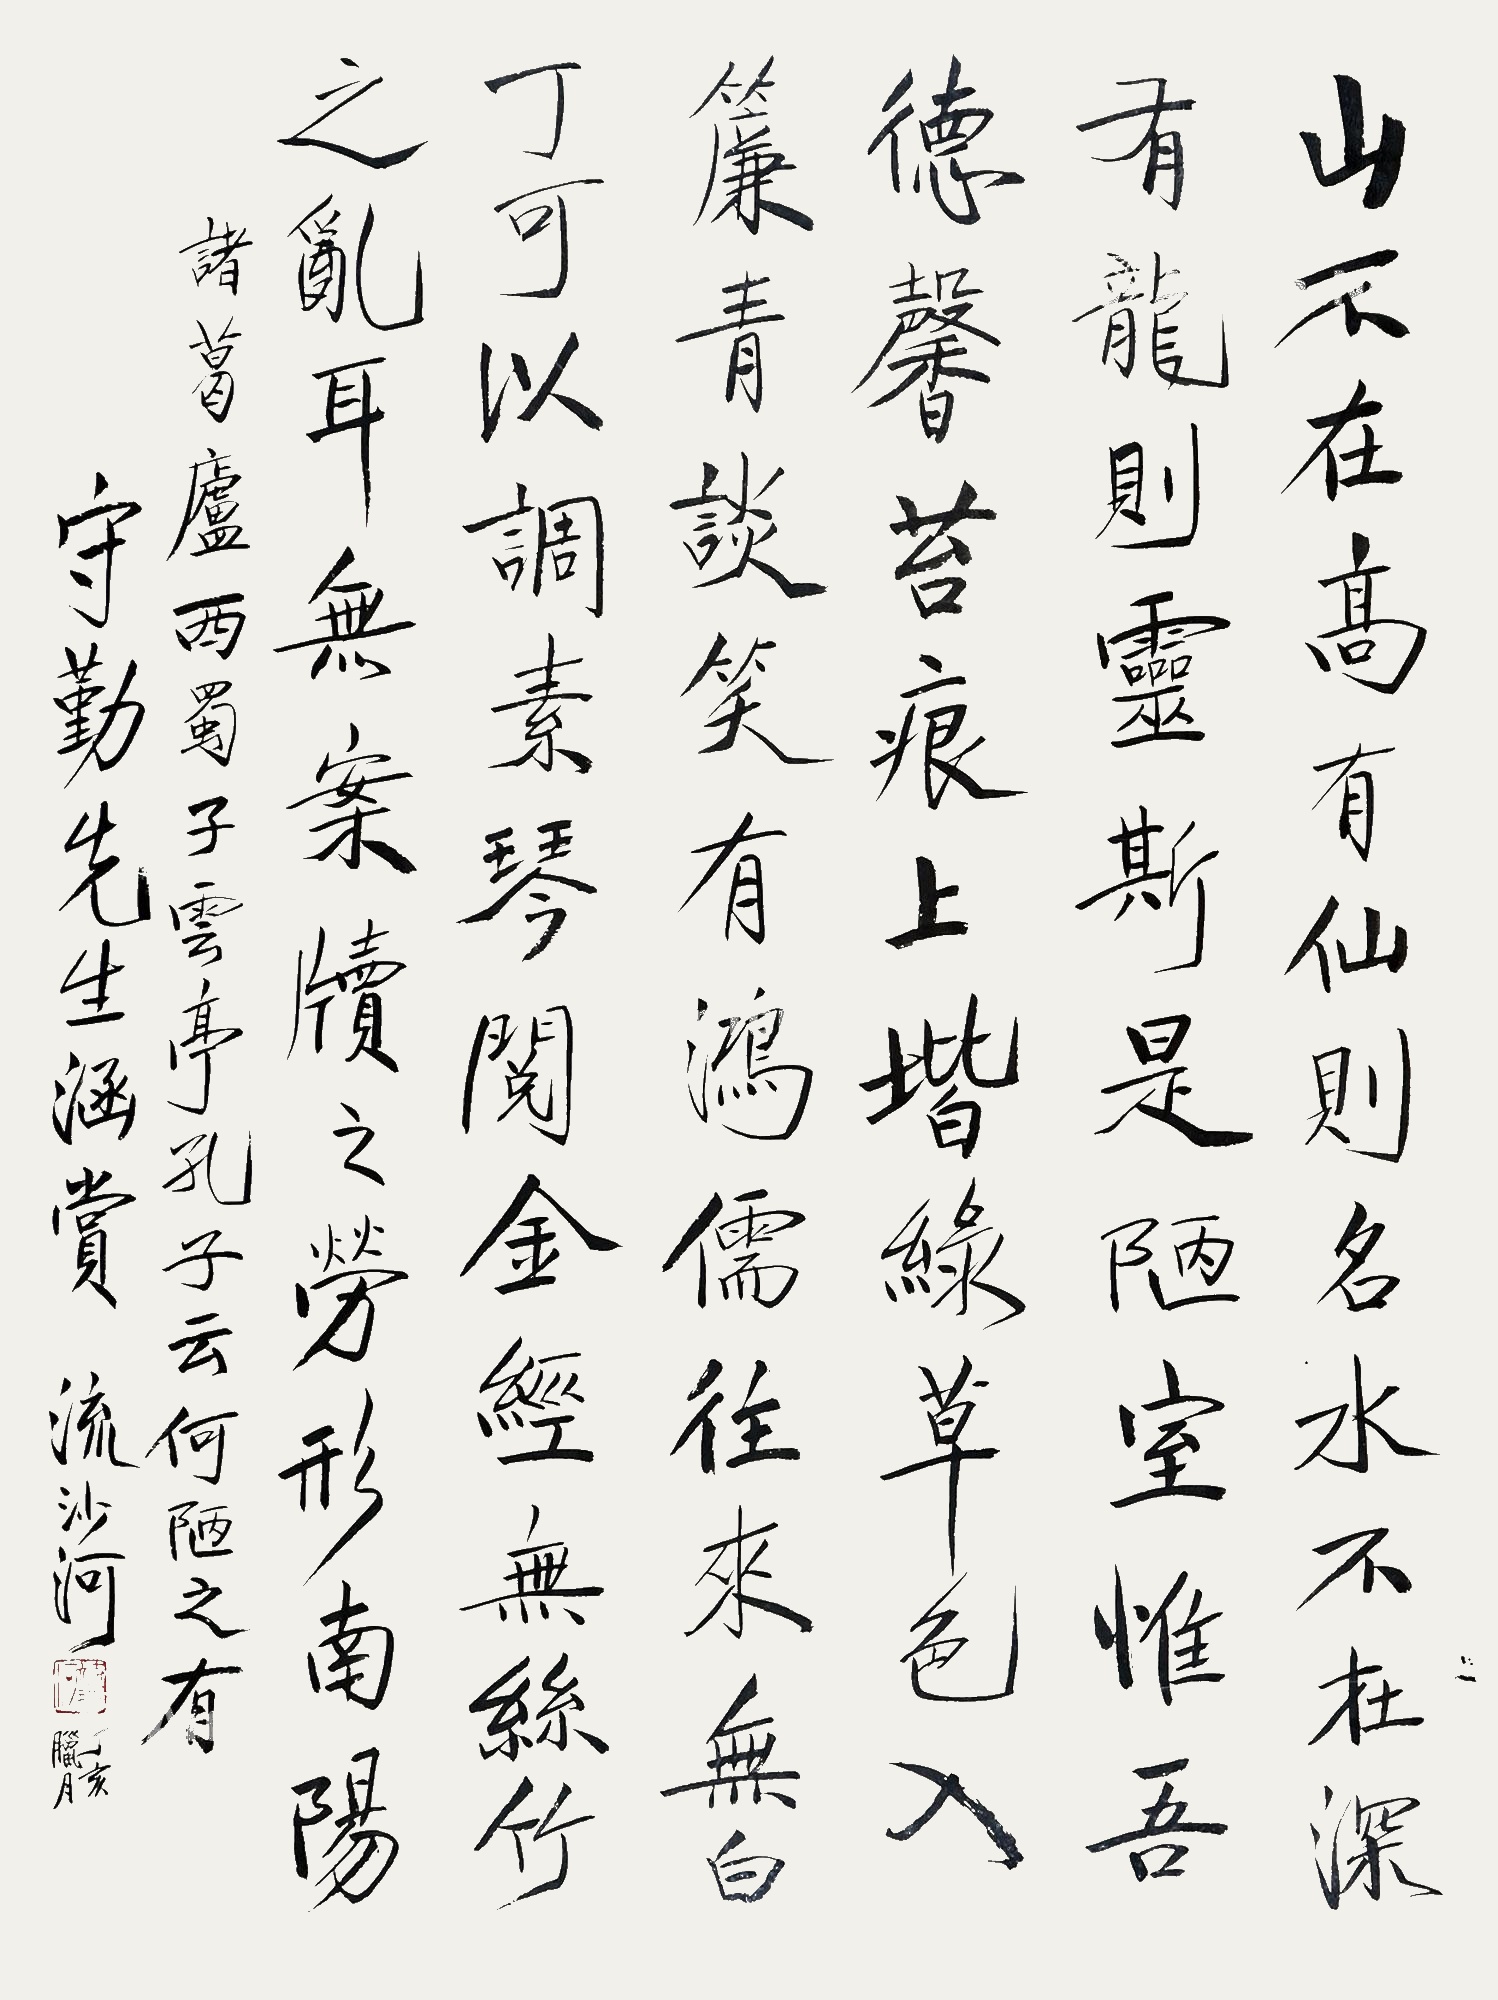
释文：山不在高，有仙则名。水不在深，有龙则灵。斯是陋室，惟吾德馨。苔痕上阶绿，草色入帘青。谈笑有鸿儒，往来无白丁。可以调素琴，阅金经。无丝竹之乱耳，无案牍之劳形。南阳诸葛庐，西蜀子云亭。孔子云：何陋之有？守勤先生涵赏，流沙河，丁亥（2007年）腊月。